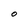
Character: O